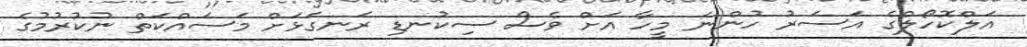
އަލްކޮހޯލްގެ އަސަރު ހުންނަ މީހާ އަށް ވެސް ސިކުނޑި ރަނގަޅަށް މަސައްކަތް ނުކުރުމުގެ